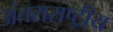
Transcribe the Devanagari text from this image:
अंतराराष्ट्रीय